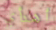
أهدأي